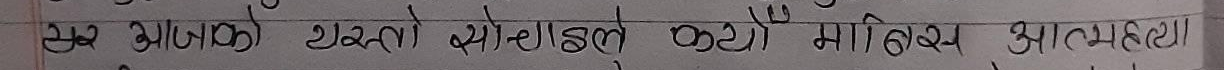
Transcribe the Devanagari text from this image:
खूच आजको स्वस्थ समाजले करोडौं मानिस आत्महत्या